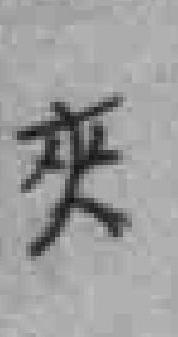
夾